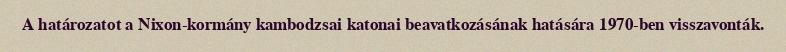
A határozatot a Nixon-kormány kambodzsai katonai beavatkozásának hatására 1970-ben visszavonták.